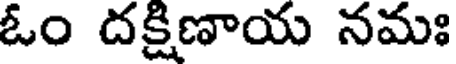
ఓం దక్షిణాయ నమః